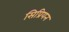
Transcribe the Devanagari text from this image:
सिप्रियन